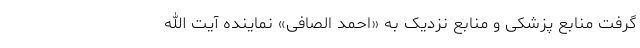
گرفت منابع پزشکی و منابع نزدیک به «احمد الصافی» نماینده آیت الله